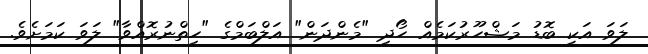
ލަވަ އަކީ ބޮޑު މަޝްހޫރުކަމެއް ހޯދި "މެންދަން" އަލްބަމްގެ "ހިތްނުރޮއްވާ" ލަވަ ކަމަށެވެ.